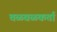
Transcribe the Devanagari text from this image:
चळवळकर्ता